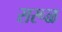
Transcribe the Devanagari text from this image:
सरूळ